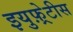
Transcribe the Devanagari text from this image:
इयुफ़्रेटीस